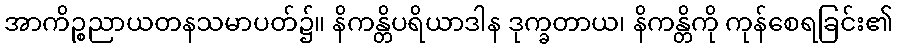
အာကိဉ္စညာယတနသမာပတ်၌။ နိကန္တိပရိယာဒါန ဒုက္ခတာယ၊ နိကန္တိကို ကုန်စေရခြင်း၏